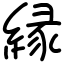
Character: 縁